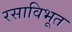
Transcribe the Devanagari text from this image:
रसाविभूत